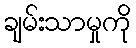
ချမ်းသာမှုကို